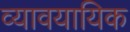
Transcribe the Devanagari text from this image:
व्यावयायिक